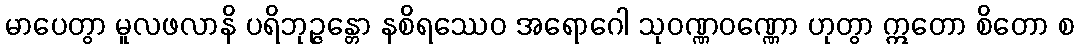
မာပေတွာ မူလဖလာနိ ပရိဘုဉ္ဇန္တော နစိရဿေဝ အရောဂေါ သုဝဏ္ဏဝဏ္ဏော ဟုတွာ ဣတော စိတော စ